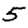
Digit: 5